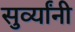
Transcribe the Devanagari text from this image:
सुर्व्यांनी